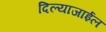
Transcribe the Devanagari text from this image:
दिल्याजाईल